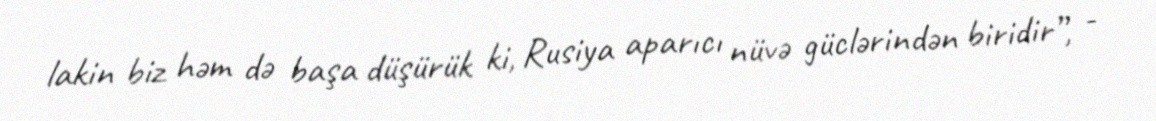
lakin biz həm də başa düşürük ki, Rusiya aparıcı nüvə güclərindən biridir”, -